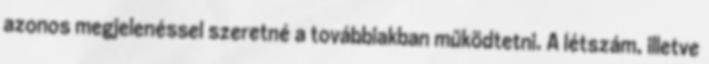
azonos megjelenéssel szeretné a továbbiakban működtetni. A létszám, illetve